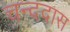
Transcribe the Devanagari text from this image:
चन्ददास